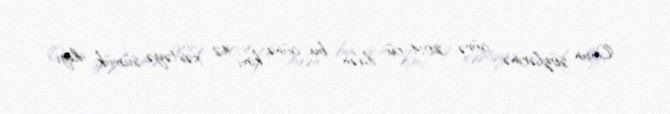
Onun sözlərinə görə, 2014-cü ildən bu günə kimi 42 xəstəyə sümük iliyi